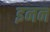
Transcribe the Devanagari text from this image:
इनन